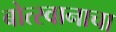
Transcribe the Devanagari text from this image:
बोत्स्वानाचा